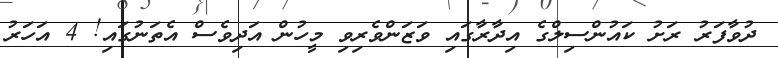
ދުވާފަރު ރަށު ކައުންސިލްގެ އިދާރާގައި ވަޒަންވެރިވި މީހުން އަދިވެސް އެތަނުގައި! 4 އަހަރު